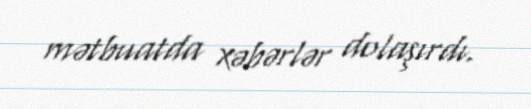
mətbuatda xəbərlər dolaşırdı.